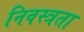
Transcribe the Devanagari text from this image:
निवस्त्रता